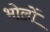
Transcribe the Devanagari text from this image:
भोलों